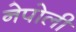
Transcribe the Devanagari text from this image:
नेपोली